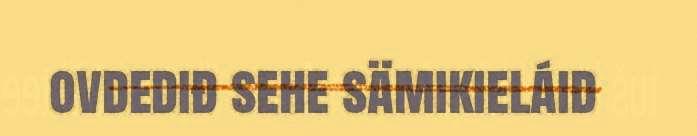
ovdediđ sehe sämikieláid